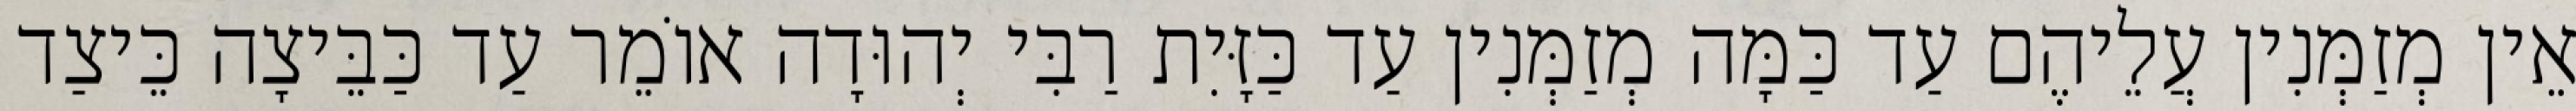
אֵין מְזַמְּנִין עֲלֵיהֶם עַד כַּמָּה מְזַמְּנִין עַד כַּזָּיִת רַבִּי יְהוּדָה אוֹמֵר עַד כַּבֵּיצָה כֵּיצַד